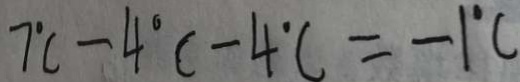
7 ^ { \circ } C - 4 ^ { \circ } C - 4 ^ { \circ } C = - 1 ^ { \circ } C